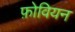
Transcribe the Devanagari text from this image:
फ़ोवियन